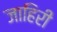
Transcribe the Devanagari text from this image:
जाहिरी